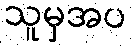
သူမှအပ